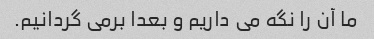
ما آن را نگه می داریم و بعدا برمی گردانیم.